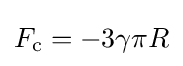
F_{\text{c}}=-3\gamma \pi R